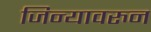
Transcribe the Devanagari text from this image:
जिन्यावरुन